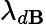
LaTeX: \lambda_{d\mathbf{B}}